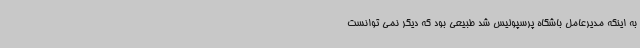
به اینکه مدیرعامل باشگاه پرسپولیس شد طبیعی بود که دیگر نمی توانست